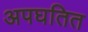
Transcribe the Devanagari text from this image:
अपघतित